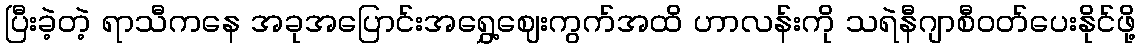
ပြီးခဲ့တဲ့ ရာသီကနေ အခုအပြောင်းအရွှေ့ဈေးကွက်အထိ ဟာလန်းကို သရဲနီဂျာစီဝတ်ပေးနိုင်ဖို့